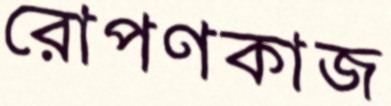
রোপণকাজ